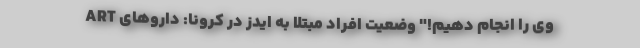
وی را انجام دهیم!" وضعیت افراد مبتلا به ایدز در کرونا: داروهای ART